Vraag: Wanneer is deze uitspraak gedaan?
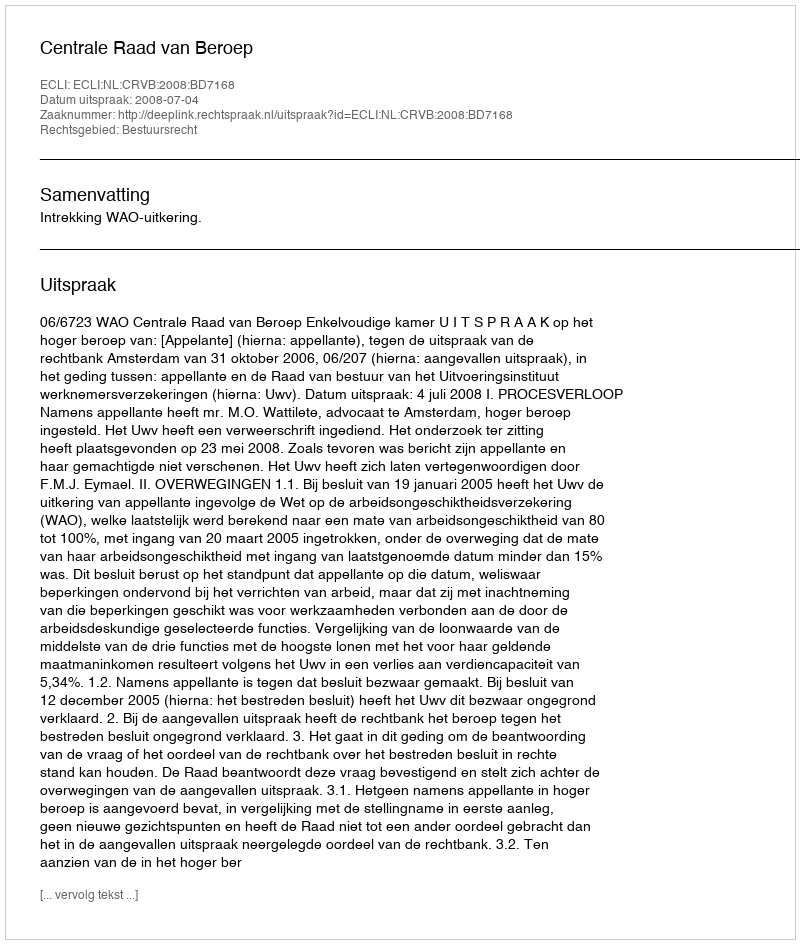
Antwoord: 2008-07-04